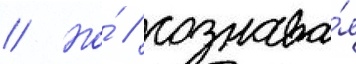
// Но́ / сознава́я